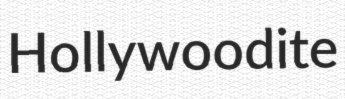
Hollywoodite